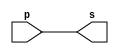
// ---------------------
// Exemplo 00 - buffer
// Nome: xxx yyy zzz
// ---------------------

// ---------------------
// -- buffer
// ---------------------

module buffer (s, p);
 output s;
 input  p;

 assign s = p;

endmodule // buffer

// ---------------------
// -- test buffer
// ---------------------

module testbuffer;
 reg   a;
 wire  s;
          // instancia
 buffer BF1 (s, a);

 initial begin:start
      a=0;
 end

          // parte principal
 initial begin:main
      $display("Exemplo 00 - xxx yyy zzz - 999999");
      $display("Test buffer");
      $display("\na = s\n");
      $monitor("%b = %b", a, s);
  #1  a=0;
  #1  a=1;
 end

endmodule // buffer